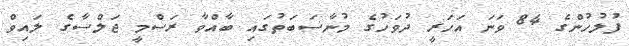
ފުލުހުންގެ 84 ވަނަ އަހަރީ ދުވަހުގެ މުނާސަބަތުގައި ބާއްވާ ރަސްމީ ޖަލްސާގެ ލައިވް